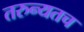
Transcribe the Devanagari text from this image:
तरुन्यतच